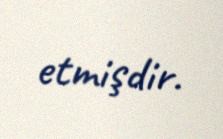
etmişdir.